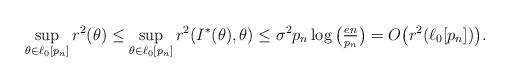
LaTeX: \begin{align*}\sup_{\theta\in \ell_0[p_n]} r^2(\theta) \le \sup_{\theta\in \ell_0[p_n]} r^2(I^*(\theta),\theta)\le \sigma^2 p_n \log\big(\tfrac{en}{p_n}\big)=O\big(r^2(\ell_0[p_n])\big).\end{align*}